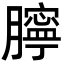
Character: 𦡲